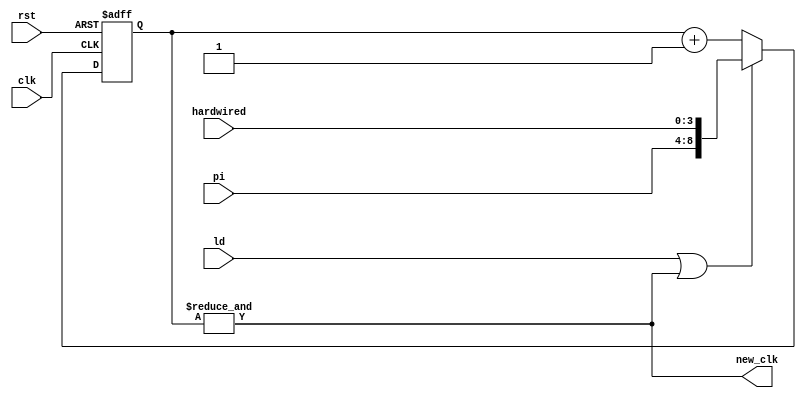
module FrequencySelector(
	clk, rst, pi, hardwired, ld,
	new_clk
);
	input clk, rst, ld;
	input [4:0] pi;
	input [3:0] hardwired;

	output new_clk;

	wire co;

	reg [8:0] cnt_val = 8'b0000_0000;

	always @(posedge clk, posedge rst) begin
		if (rst)
			cnt_val <= 8'b0000_0000;
		else begin
			if (ld | co) 
				cnt_val <= {pi, hardwired};
			else 
				cnt_val <= cnt_val + 8'b0000_0001;
		end
	end

	assign co = &{cnt_val};
	assign new_clk = co;
endmodule